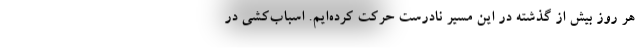
هر روز بیش از گذشته در این مسیر نادرست حرکت کرده‌ایم. اسباب‌کشی در